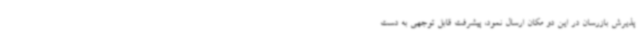
پذیرش بازرسان در این دو مکان ارسال نمود، پیشرفت قابل توجهی به دست